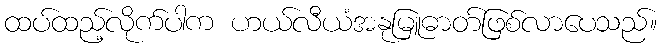
ထပ်ထည့်လိုက်ပါက ဟယ်လီယံအနုမြူဓာတ်ဖြစ်လာပေသည်။